Annual statistical returns and brief notes on vaccination in Bengal - 1887-1898
Year: 1887
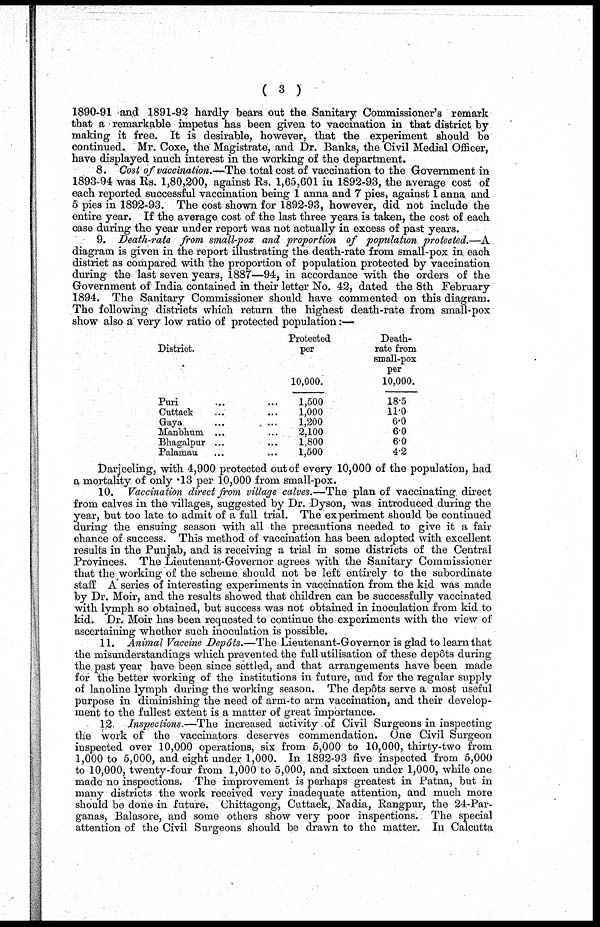
( 3 )
1890-91 and 1891-92 hardly bears out the Sanitary Commissioner's remark
that a remarkable impetus has been given to vaccination in that district by
making it free. It is desirable, however, that the experiment should be
continued. Mr. Coxe, the Magistrate, and Dr. Banks, the Civil Medial Officer,
have displayed much interest in the working of the department.
8. Cost of vaccination.—The total cost of vaccination to the Government in
1893-94 was Rs. 1,80,200, against Rs. 1,65,601 in 1892-93, the average cost of
each reported successful vaccination being 1 anna and 7 pies, against 1 anna and
5 pies in 1892-93. The cost shown for 1892-93, however, did not include the
entire year. If the average cost of the last three years is taken, the cost of each
case during the year under report was not actually in excess of past years.
9. Death-rate from small-pox and proportion of population protected.—A
diagram is given in the report illustrating the death-rate from small-pox in each
district as compared with the proportion of population protected by vaccination
during the last seven years, 1887—94, in accordance with the orders of the
Government of India contained in their letter No. 42, dated the 8th February
1894. The Sanitary Commissioner should have commented on this diagram.
The following districts which return the highest death-rate from small-pox
show also a very low ratio of protected population:—
District.
Puri ... ...
Cuttack ... ...
Gaya ... ...
Manbhum ... ...
Bhagalpur ... ...
Palamau ... ...
Protected
per
10,000.
1,500
1,000
1,200
2,100
1,800
1,500
Death-
rate from
small-pox
per
10,000.
18.5
11.0
6.0
6.0
6.0
4.2
Darjeeling, with 4,900 protected out of every 10,000 of the population, had
a mortality of only .13 per 10,000 from small-pox.
10. Vaccination direct from village calves.—The plan of vaccinating. direct
from calves in the villages, suggested by Dr. Dyson, was introduced during the
year, but too late to admit of a full trial. The experiment should be continued
during the ensuing season with all the precautions needed to give it a fair
chance of success. This method of vaccination has been adopted with excellent
results in the Punjab, and is receiving a trial in some districts of the Central
Provinces. The Lieutenant-Governor agrees with the Sanitary Commissioner
that the working of the scheme should not be left entirely to the subordinate
staff A series of interesting experiments in vaccination from the kid was made
by Dr. Moir, and the results showed that children can be successfully vaccinated
with lymph so obtained, but success was not obtained in inoculation from kid to
kid. Dr. Moir has been requested to continue the experiments with the view of
ascertaining whether such inoculation is possible.
11. Animal Vaccine Depôts.—The Lieutenant-Governor is glad to learn that
the misunderstandings which prevented the full utilisation of these depôts during
the past year have been since settled, and that arrangements have been made
for the better working of the institutions in future, and for the regular supply
of lanoline lymph during the working season. The depôts serve a most useful
purpose in diminishing the need of arm-to arm vaccination, and their develop-
ment to the fullest extent is a matter of great importance.
12. Inspections.—The increased activity of Civil Surgeons in inspecting
the work of the vaccinators deserves commendation. One Civil Surgeon
inspected over 10,000 operations, six from 5,000 to 10,000, thirty-two from
1,000 to 5,000, and eight under 1,000. In 1892-93 five inspected from 5,000
to 10,000, twenty-four from 1,000 to 5,000, and sixteen under 1,000, while one
made no inspections. The improvement is perhaps greatest in Patna, but in
many districts the work received very inadequate attention, and much more
should be done in future. Chittagong, Cuttack, Nadia, Rangpur, the 24-Par-
ganas, Balasore, and some others show very poor inspections. The special
attention of the Civil Surgeons should be drawn to the matter. In Calcutta